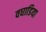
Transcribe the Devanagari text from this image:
वघाडिया